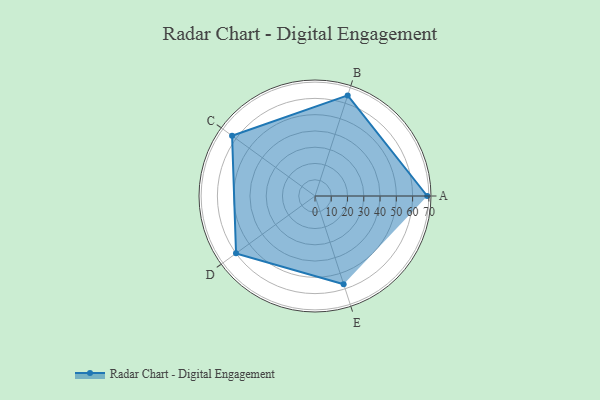
{"axis": {"x": "Skill", "y": "Score"}, "legend": ["Profile"], "data": [{"x": "A", "y": 69.0, "type": "Profile"}, {"x": "B", "y": 65.0, "type": "Profile"}, {"x": "C", "y": 63.0, "type": "Profile"}, {"x": "D", "y": 60.0, "type": "Profile"}, {"x": "E", "y": 57.0, "type": "Profile"}]}